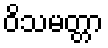
ဝိသမတ္တာ